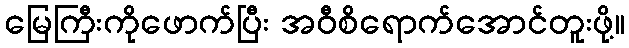
မြေကြီးကိုဖောက်ပြီး အဝီစိရောက်အောင်တူးဖို့။